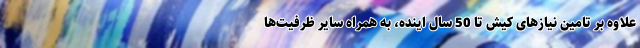
علاوه بر تامین نیازهای کیش تا 50 سال اینده، به همراه سایر ظرفیت‌ها